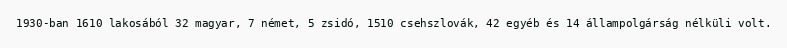
1930-ban 1610 lakosából 32 magyar, 7 német, 5 zsidó, 1510 csehszlovák, 42 egyéb és 14 állampolgárság nélküli volt.